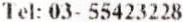
TEL: 03- 55423228